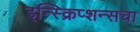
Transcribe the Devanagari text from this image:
इन्स्क्रिप्शन्सचा